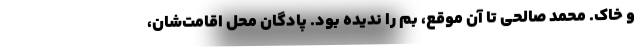
و خاك. محمد صالحي تا آن موقع، بم را نديده بود. پادگان محل اقامت‌شان،